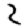
Digit: 2